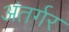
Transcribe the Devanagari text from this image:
अंतर्गर